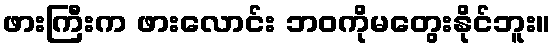
ဖားကြီးက ဖားလောင်း ဘဝကိုမတွေးနိုင်ဘူး။